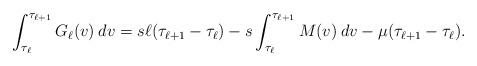
LaTeX: \begin{align*}\int_{\tau_\ell}^{\tau_{\ell+1}} G_\ell(v) \: dv = s\ell(\tau_{\ell+1} - \tau_{\ell}) - s \int_{\tau_{\ell}}^{\tau_{\ell+1}} M(v) \: dv - \mu(\tau_{\ell+1} - \tau_{\ell}).\end{align*}